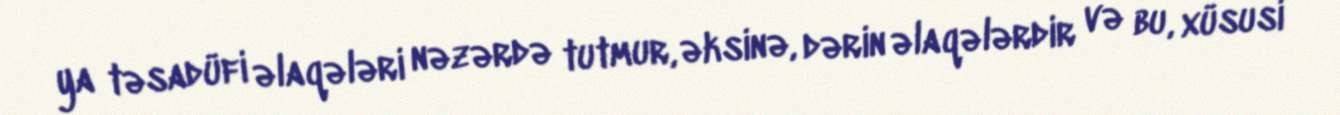
ya təsadüfi əlaqələri nəzərdə tutmur, əksinə, dərin əlaqələrdir və bu, xüsusi